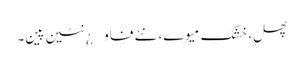
پھل، خشک میوے، نئے فاو¿نٹین پین۔